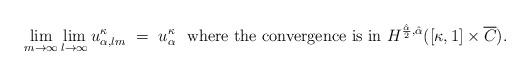
LaTeX: \begin{align*}\lim_{m \to \infty} \lim_{l \to \infty}u^{\kappa}_{\alpha,lm} \ = \ u^{\kappa}_{\alpha} \ \ \mbox{where\ the\ convergence\ is\ in } H^{\frac{\hat{\alpha}}{2}, \hat{\alpha} } ([ \kappa, 1 ] \times \overline{C} ) .\end{align*}